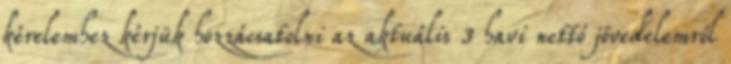
kérelemhez kérjük hozzácsatolni az aktuális 3 havi nettó jövedelemről